Problem: 7 × 7 = ?
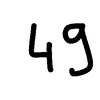
Handwritten answer: 49